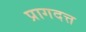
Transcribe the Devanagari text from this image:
प्रागदत्त